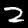
Digit: 2